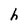
Character: h